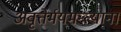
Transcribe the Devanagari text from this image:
अवृत्तेर्मयमन्त्यानां